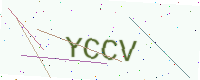
Text: YCCV